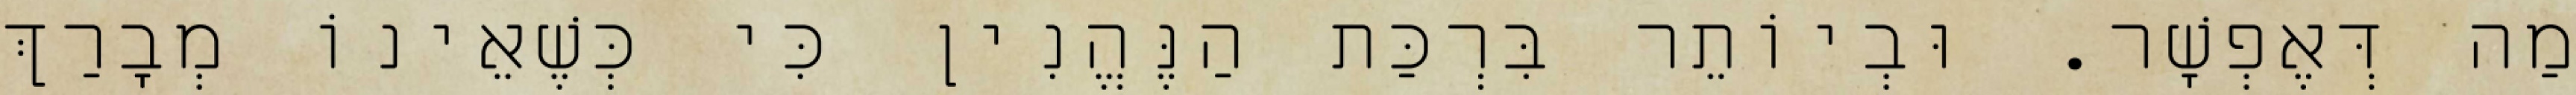
מַה דְּאֶפְשָׁר. וּבְיוֹתֵר בִּרְכַּת הַנֶּהֱנִין כִּי כְּשֶׁאֵינוֹ מְבָרַךְ